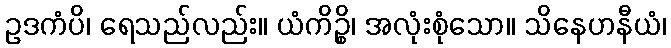
ဥဒကံပိ၊ ရေသည်လည်း။ ယံကိဉ္စိ၊ အလုံးစုံသော။ သိနေဟနီယံ၊